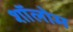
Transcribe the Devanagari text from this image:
शॉलोम